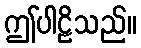
ဤပါဠိသည်။